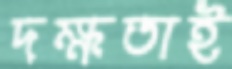
দক্ষতাই